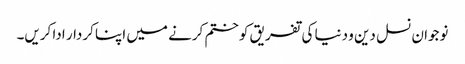
نوجوان نسل دین و دنیا کی تفریق کو ختم کرنے میں اپنا کردار ادا کریں۔